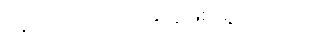
နောက်တော့ ဘာတွေဖြစ်သွားတာလဲ။